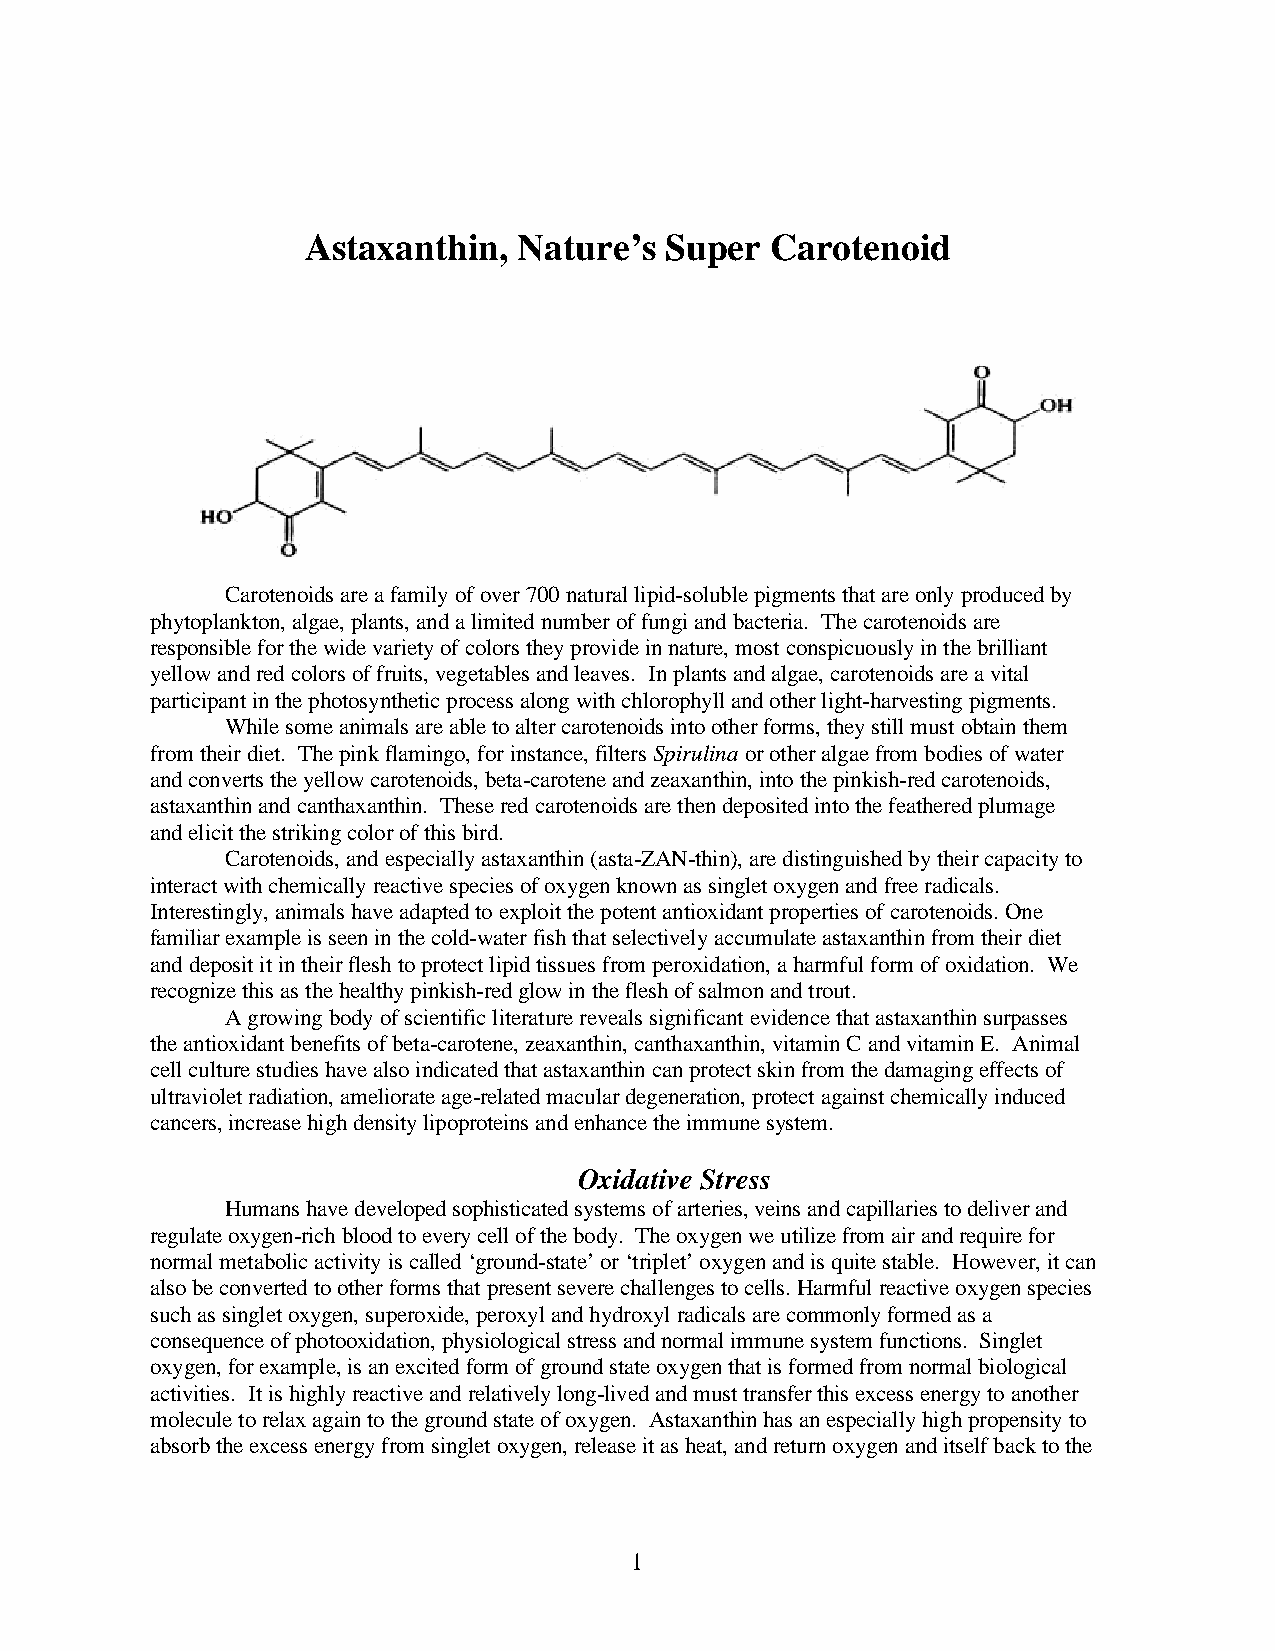
Astaxanthin,  Nature’s  Super  Carotenoid
 Carotenoids are a family of over 700 natural lipid-soluble pigments that are only produced by
 phytoplankton, algae, plants, and a limited number of fungi and bacteria. The carotenoids are
 responsible for the wide variety of colors they provide in nature, most conspicuously in the brilliant
 yellow and red colors of fruits, vegetables and leaves. In plants and algae, carotenoids are a vital
 participant in the photosynthetic process along with chlorophyll and other light-harvesting pigments.
 While some animals are able to alter carotenoids into other forms, they still must obtain them
 from their diet. The pink flamingo, for instance, filters Spirulina or other algae from bodies of water
 and converts the yellow carotenoids, beta-carotene and zeaxanthin, into the pinkish-red carotenoids,
 astaxanthin and canthaxanthin. These red carotenoids are then deposited into the feathered plumage
 and elicit the striking color of this bird.
 Carotenoids, and especially astaxanthin (asta-ZAN-thin), are distinguished by their capacity to
 interact with chemically reactive species of oxygen known as singlet oxygen and free radicals.
 Interestingly, animals have adapted to exploit the potent antioxidant properties of carotenoids. One
 familiar example is seen in the cold-water fish that selectively accumulate astaxanthin from their diet
 and deposit it in their flesh to protect lipid tissues from peroxidation, a harmful form of oxidation. We
 recognize this as the healthy pinkish-red glow in the flesh of salmon and trout.
 A growing body of scientific literature reveals significant evidence that astaxanthin surpasses
 the antioxidant benefits of beta-carotene, zeaxanthin, canthaxanthin, vitamin C and vitamin E. Animal
 cell culture studies have also indicated that astaxanthin can protect skin from the damaging effects of
 ultraviolet radiation, ameliorate age-related macular degeneration, protect against chemically induced
 cancers, increase high density lipoproteins and enhance the immune system.
 Oxidative Stress
 Humans have developed sophisticated systems of arteries, veins and capillaries to deliver and
 regulate oxygen-rich blood to every cell of the body. The oxygen we utilize from air and require for
 normal metabolic activity is called ‘ground-state’ or ‘triplet’ oxygen and is quite stable. However, it can
 also be converted to other forms that present severe challenges to cells. Harmful reactive oxygen species
 such as singlet oxygen, superoxide, peroxyl and hydroxyl radicals are commonly formed as a
 consequence of photooxidation, physiological stress and normal immune system functions. Singlet
 oxygen, for example, is an excited form of ground state oxygen that is formed from normal biological
 activities. It is highly reactive and relatively long-lived and must transfer this excess energy to another
 molecule to relax again to the ground state of oxygen. Astaxanthin has an especially high propensity to
 absorb the excess energy from singlet oxygen, release it as heat, and return oxygen and itself back to the
 1